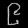
Digit: ၉